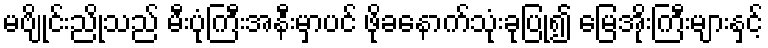
မဗျိုင်းညိုသည် မီးပုံကြီးအနီးမှာပင် ဖိုခနောက်သုံးခုပြု၍ မြေအိုးကြီးများနှင့်